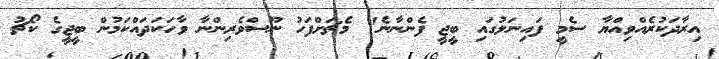
އިރާދަކުރެއްވިއްޔާ ސެމީ ފައިނަލުގައި ބީޖީ ފެންނާނެ" މެޗަށްފަހު ނޫސްވެރިންނާ ވާހަކަދައްކަމުން ބީޖީގެ ކޯޗު